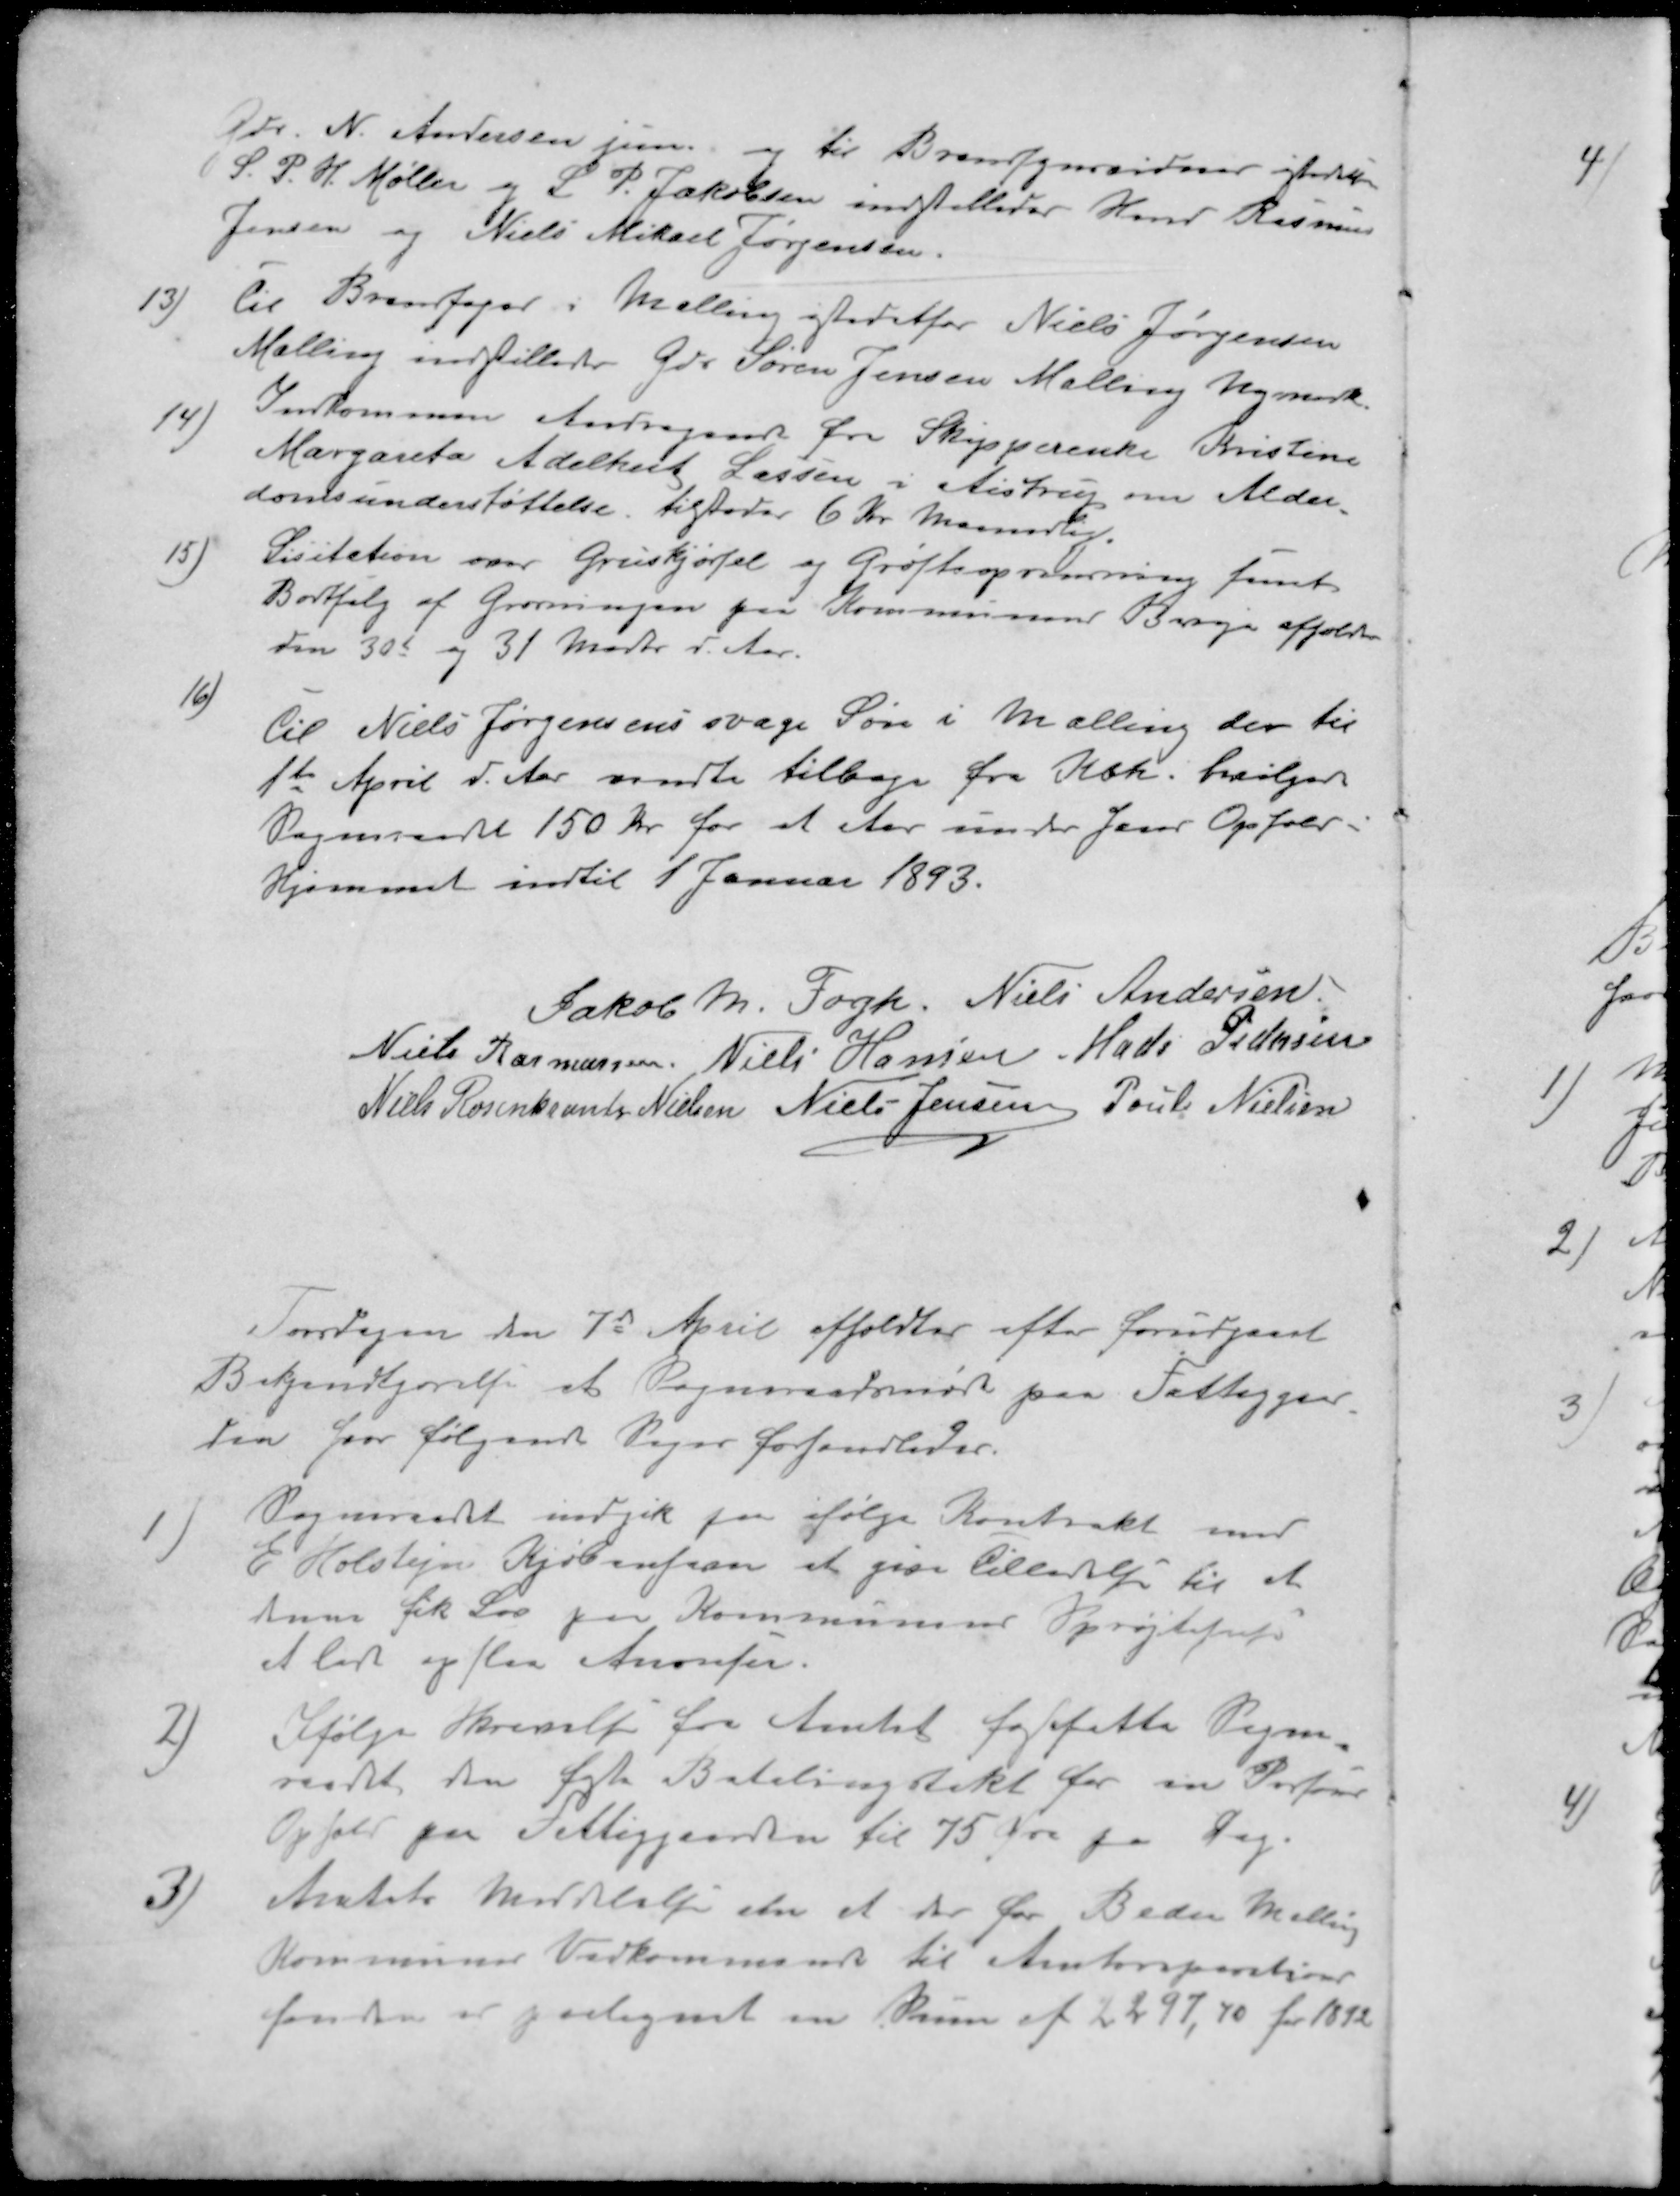
Transskription:
Gdr. N. Andersen jun. og til Brandsynsvidner istedetfor
S. P. H. Møller og L. P. Jakobsen indstilledes Hmd Rasmus
Jensen og Niels Mikael Jørgensen.
13 ) til Brandfoged i Malling istedetfor Niels Jørgensen
Malling indstilledes Gdr. Søren Jensen Malling Nymark.
14 ) Indkommen Andragende fra Skipperenke Kristine
Margareta Adelhart Lassen i Aistrup om Alder-
domsunderstøttelse tilstodes 6 Kr Maanedlig.
15 ) Licitation over Gruskjørsel og Grøfteoprensning samt
Bortsalg af Grønningen paa Kommunens  afholdtes
den 30d og 31 Marts d. Aar.
16 ) til Niels Jørgensens svage Søn i Malling der til 
1te April d. Aar vendte tilbage fra Kbh. bevilger
Sogneraadet 150 Kr for et Aar under Jens Ophold i
Hjemmet indtil 1 Januar 1893.
Jakob M. Fogh
Niels Andersen
Niels Rasmussen
Niels Hansen
Mads Pedersen
Niels Rosenkrants Nielsen
Niels Jensen 
Poul Nielsen
Torsdagen den 7d April afholdtes efter forudgaaet
Bekendtgørelse et Sogneraadsmøde paa Fattiggaar
den, hvor følgende Sager forhandledes.
1 )Sogneraadet indgik paa ifølge Kontrakt med
E Holstejn Kjøbenhavn at give tilladelse til at
denne fik Lov paa Kommunens Sprøjtehuse
at lade opslaa Anonser.
2 )Ifølge Skrivelse fra Amtet fastsatte Sogne
raadet den søgte Betalingstakst for en Persons
Ophold paa Fattiggaarden til 75 Øre pr Dag.
3 )Amtets Meddelelse om at der for Beder Malling
Kommuner Vedkommende til Amtsreparation
fonden er paalignet en Sum af 2297,70 for 1892